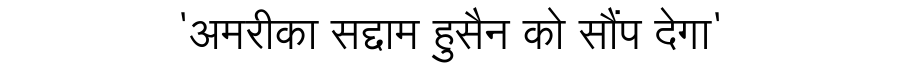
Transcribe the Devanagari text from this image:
'अमरीका सद्दाम हुसैन को सौंप देगा'